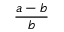
{ \frac { a - b } { b } } \,